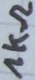
Text: 1kΩ